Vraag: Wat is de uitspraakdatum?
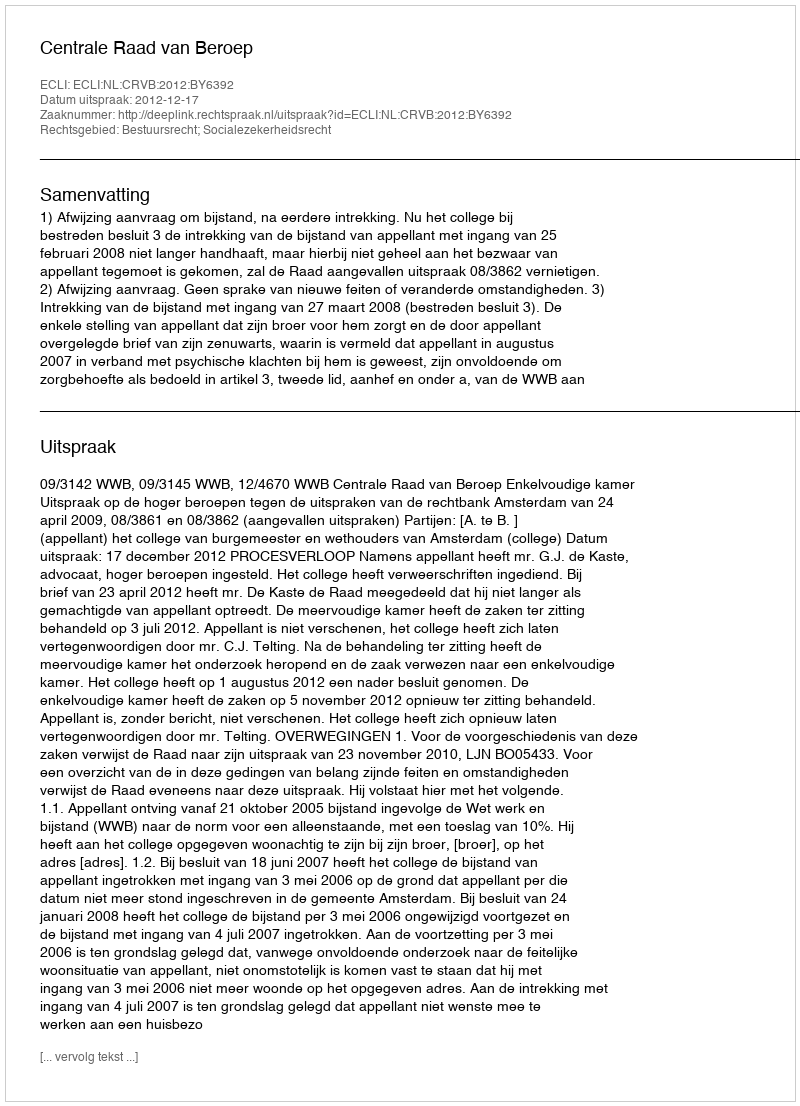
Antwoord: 2012-12-17